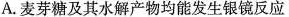
A.麦芽糖及其水解产物均能发生银镜反应